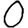
Digit: 0